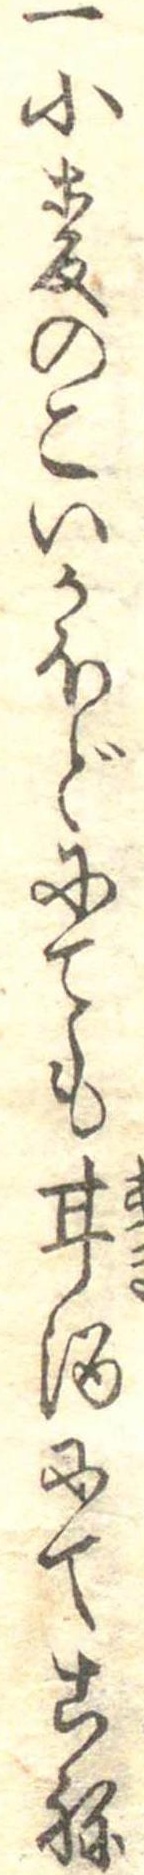
一小麦のこいかほどにても甘酒にてこね